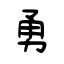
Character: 勇